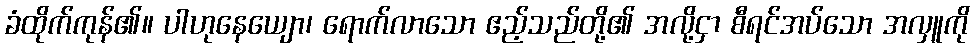
ခံထိုက်ကုန်၏။ ပါဟုနေယျော၊ ရောက်လာသော ဧည့်သည်တို့၏ အလို့ငှာ စီရင်အပ်သော အလှူကို